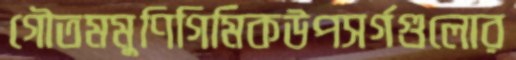
গৌতমমুণিগিমিকউপসর্গগুলোর